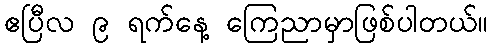
ဧပြီလ ၉ ရက်နေ့ ကြေညာမှာဖြစ်ပါတယ်။